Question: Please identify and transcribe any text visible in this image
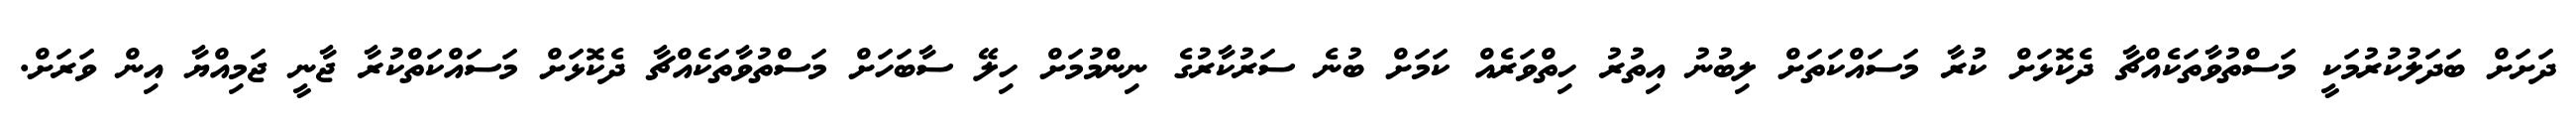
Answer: ދަށަށް ބަދަލުކުރުމަކީ މަސްތުވާތަކެއްޗާ ދެކޮޅަށް ކުރާ މަސައްކަތަށް ލިބުނު އިތުރު ހިތްވަރެއް ކަމަށް ބުނެ ސަރުކާރުގެ ނިންމުމަށް ހިލޭ ސާބަހަށް މަސްތުވާތަކެއްޗާ ދެކޮޅަށް މަސައްކަތްކުރާ ޖާނީ ޖަމިއްޔާ އިން ވަރަށް.